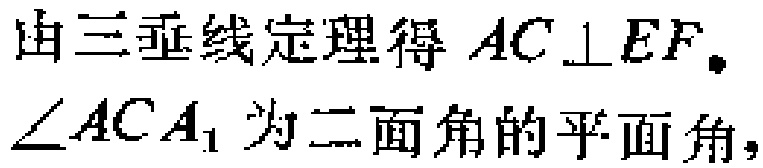
由三垂线定理得 \(AC\perp EF\).
\(\angle ACA_{1}\) 为二面角的平面角，